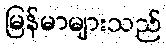
မြန်မာများသည်